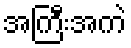
အကြီးအကဲ